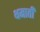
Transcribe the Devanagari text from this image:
थमाती